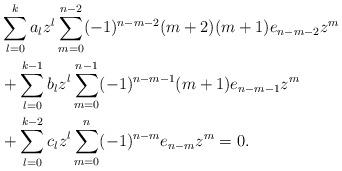
LaTeX: \begin{align*} & \sum_{l=0}^k a_l z^l \sum_{m=0}^{n-2} (-1)^{n-m-2} (m+2)(m+1) e_{n-m-2} z^m \\ & + \sum_{l=0}^{k-1} b_l z^l \sum_{m=0}^{n-1} (-1)^{n-m-1} (m+1) e_{n-m-1} z^m \\ & + \sum_{l=0}^{k-2} c_l z^l \sum_{m=0}^n (-1)^{n-m} e_{n-m} z^m = 0. \end{align*}